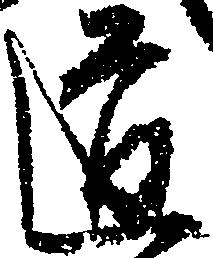
道